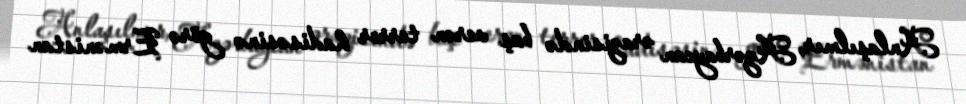
Anlaşılmır, Azərbaycan ərazisində baş verən terror hadisəsinə görə Ermənistan